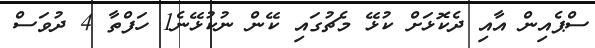
ސްޕެއިން އާއި ދެކޮޅަށް ކުޅޭ މެޗުގައި ކޭން ނުކުޅޭނެ1 ހަފްތާ 4 ދުވަސް